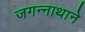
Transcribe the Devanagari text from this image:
जगन्‍नाथाने